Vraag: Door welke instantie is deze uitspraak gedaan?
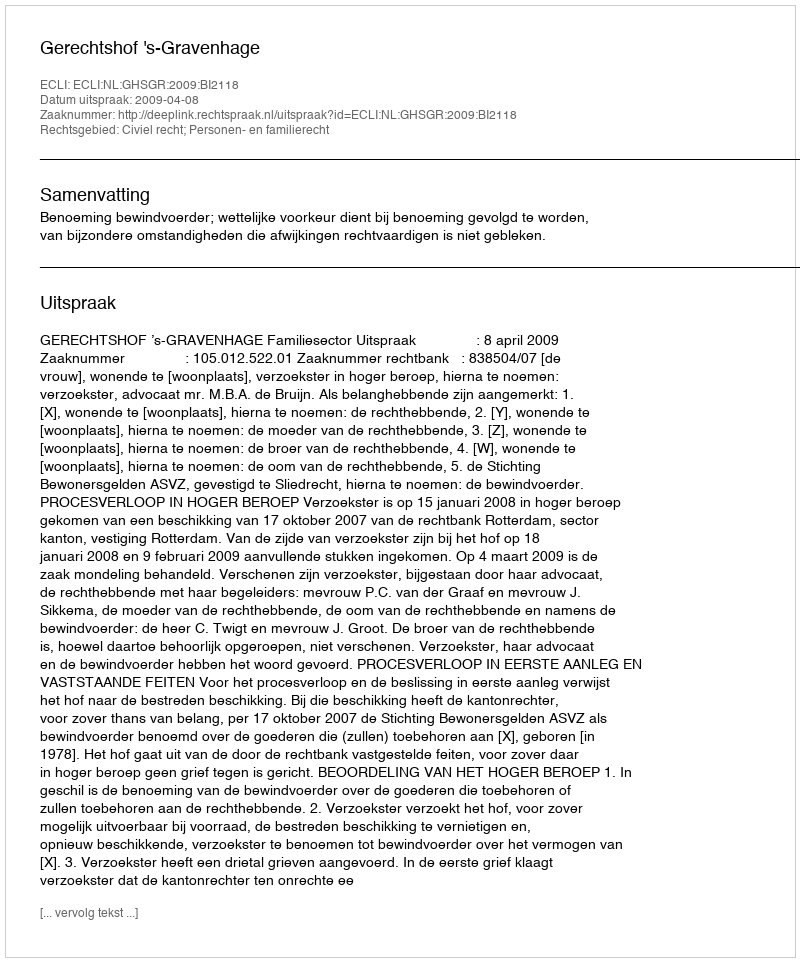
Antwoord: Gerechtshof 's-Gravenhage